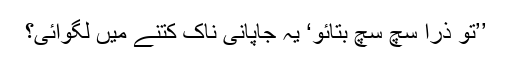
’’تو ذرا سچ سچ بتائو‘ یہ جاپانی ناک کتنے میں لگوائی؟